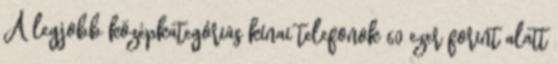
A legjobb középkategóriás kínai telefonok 60 ezer forint alatt